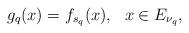
LaTeX: \begin{align*}g_q(x)=f_{s_q}(x),\ \ x\in E_{\nu_q},\end{align*}